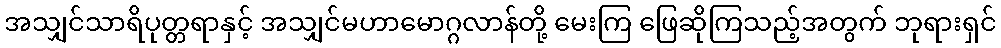
အသျှင်သာရိပုတ္တရာနှင့် အသျှင်မဟာမောဂ္ဂလာန်တို့ မေးကြ ဖြေဆိုကြသည့်အတွက် ဘုရားရှင်